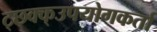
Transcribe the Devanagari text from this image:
ट्छ्क्क्उपयोगकर्ता